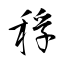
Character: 稃